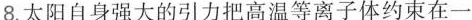
8.太阳自身强大的引力把高温等离子体约束在一